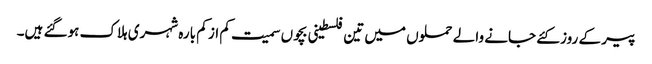
پیر کے روز کئے جانے والے حملوں میں تین فلسطینی بچوں سمیت کم از کم بارہ شہری ہلاک ہوگئے ہیں۔